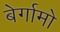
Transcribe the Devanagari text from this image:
बेर्गामो